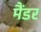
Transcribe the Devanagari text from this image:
मैंडर